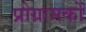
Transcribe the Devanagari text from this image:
प्रोग्रामकों